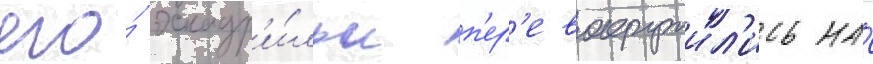
его́ эскадр'и́льи п'ер'евооружил'ись на́